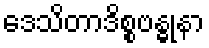
ဒေသိတာဒိစ္စဗန္ဓုနာ